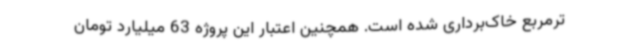
ترمربع خاک‌برداری شده است. همچنین اعتبار این پروژه 63 میلیارد تومان